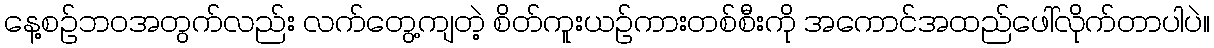
နေ့စဉ်ဘဝအတွက်လည်း လက်တွေ့ကျတဲ့ စိတ်ကူးယဉ်ကားတစ်စီးကို အကောင်အထည်ဖေါ်လိုက်တာပါပဲ။